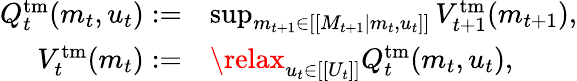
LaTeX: \begin{array}{rl}{Q_{t}^{\mathrm{tm}}(m_{t},u_{t}):=}&{\operatorname*{sup}_{m_{t+1}\in[[M_{t+1}|m_{t},u_{t}]]}V_{t+1}^{\mathrm{tm}}(m_{t+1}),}\\ {V_{t}^{\mathrm{tm}}(m_{t}):=}&{\relax_{u_{t}\in[[U_{t}]]}Q_{t}^{\mathrm{tm}}(m_{t},u_{t}),}\end{array}